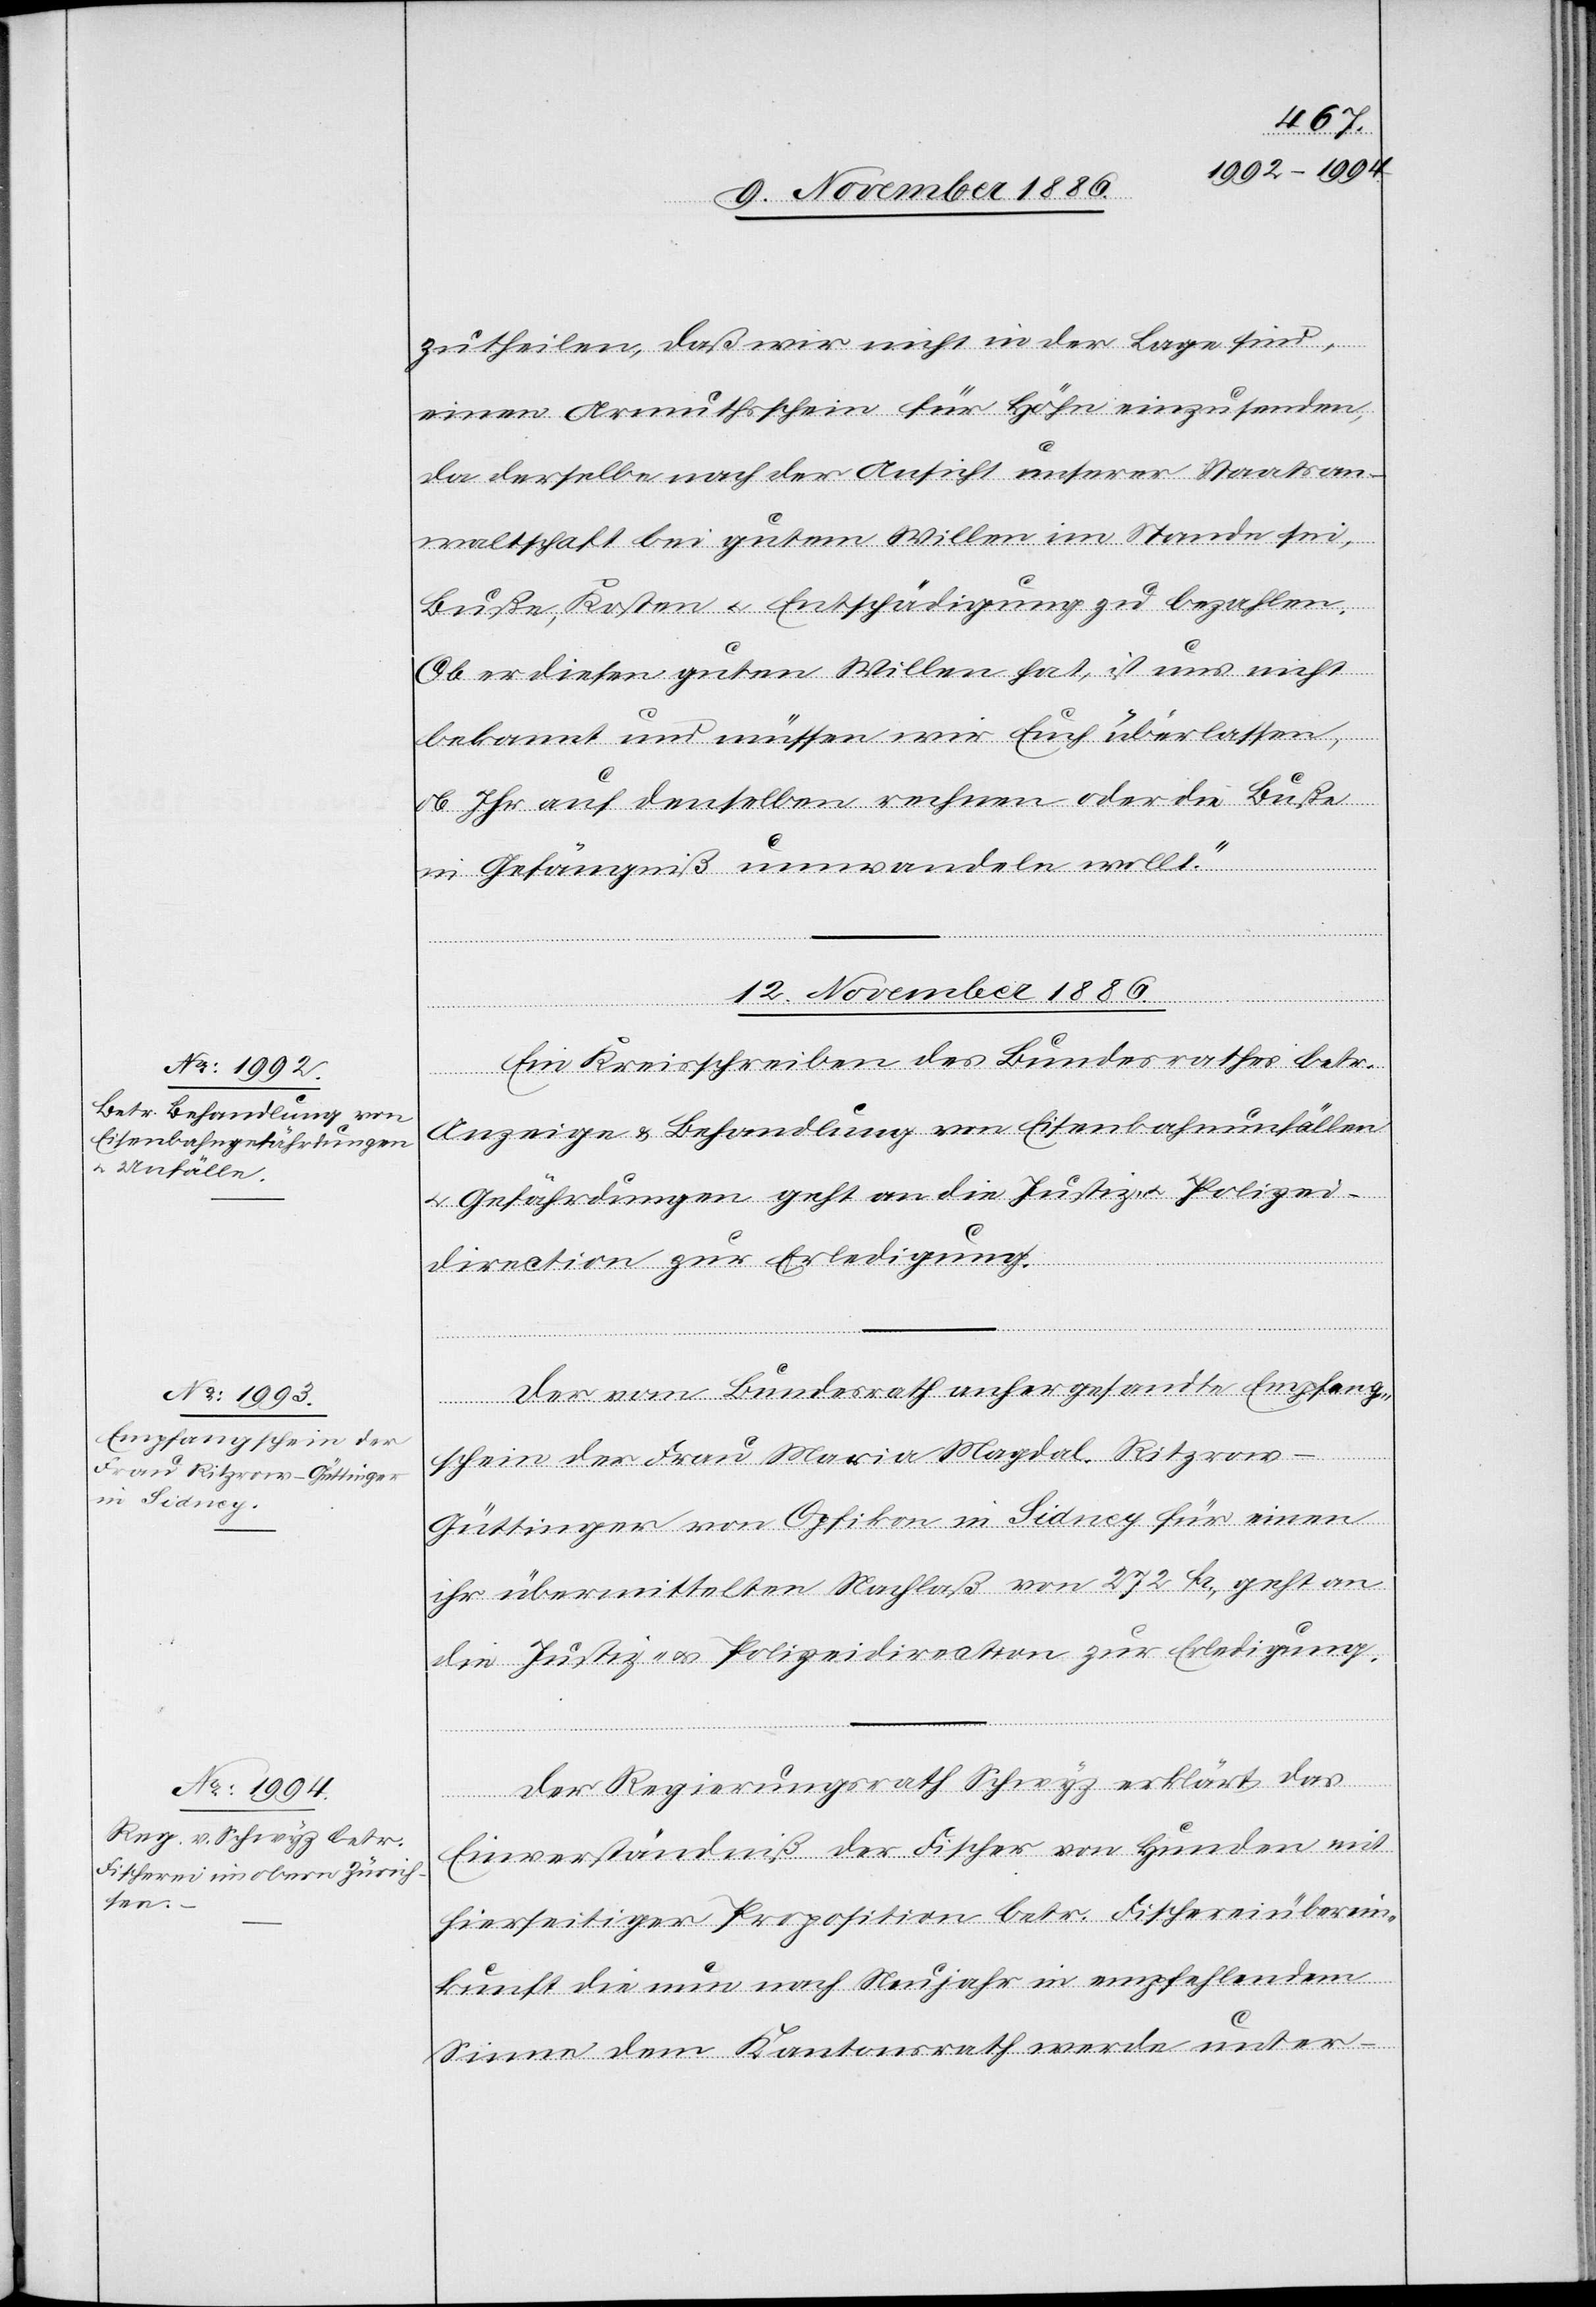
zutheilen, daß wir nicht in der Lage sind,
einen Armuthsschein für Höhn einzusenden,
da derselbe nach der Ansicht unserer Staatsan¬
waltschaft bei gutem Willen im Stande sei,
Buße, Kosten & Entschädigung zu bezahlen.
Ob er diesen guten Willen hat, ist uns nicht
bekannt und müssen wir Euch überlassen,
ob Ihr auf denselben rechnen oder die Buße
in Gefängniß umwandeln wollt.“
12. November 1886.]
Ein Kreisschreiben des Bundesrathes betr.
Anzeige & Behandlung von Eisenbahnunfällen
& Gefährdungen geht an die Justiz- & Polizei¬
direction zur Erledigung.
Der vom Bundesrath anhergesandte Empfang¬
schein der Frau Maria Magdal. Ritzro¬
w-Güttinger von Opfikon in Sidney für einen
ihr übermittelten Nachlaß von 272 Fr., geht an
die Justiz- & Polizeidirection zur Erledigung.
Der Regierungsrath Schwyz erklärt das
Einverständniß der Fischer von Hunden mit
hierseitiger Proposition betr. Fischereiüberein¬
kunft die nun nach Neujahr in empfehlendem
Sinne dem Kantonsrath werde unter-